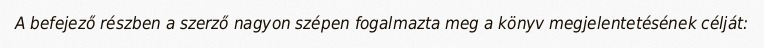
A befejező részben a szerző nagyon szépen fogalmazta meg a könyv megjelentetésének célját: